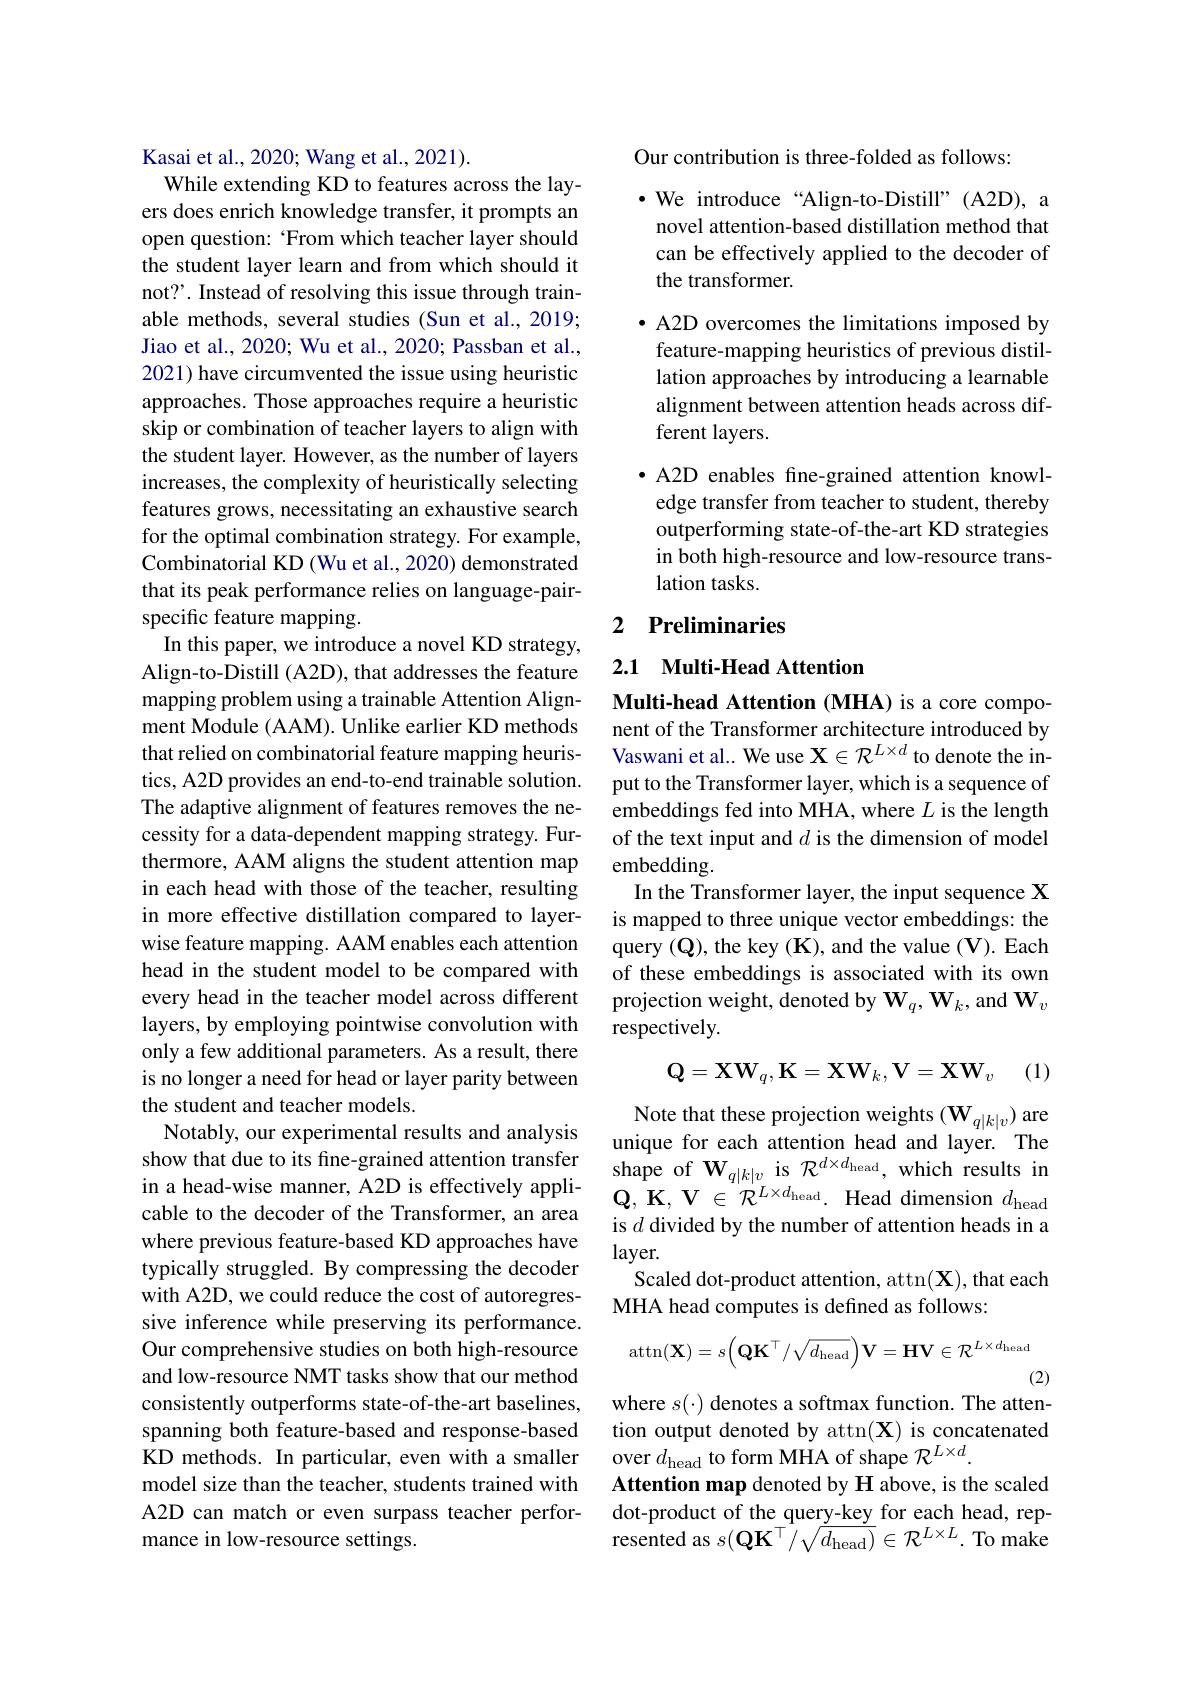
Kasai et al., 2020; Wang et al., 2021).
While extending KD to features across the layers does enrich knowledge transfer, it prompts an open question: ‘From which teacher layer should the student layer learn and from which should it not?'. Instead of resolving this issue through trainable methods, several studies (Sun et al., 2019; Jiao et al., 2020; Wu et al., 2020; Passban et al., 2021) have circumvented the issue using heuristic approaches. Those approaches require a heuristic skip or combination of teacher layers to align with the student layer. However, as the number of layers increases, the complexity of heuristically selecting features grows, necessitating an exhaustive search for the optimal combination strategy. For example, Combinatorial KD (Wu et al., 2020) demonstrated that its peak performance relies on language-pairspecific feature mapping
In this paper, we introduce a novel KD strategy, Align-to-Distill (A2D), that addresses the feature mapping problem using a trainable Attention Alignment Module (AAM). Unlike earlier KD methods that relied on combinatorial feature mapping heuristics, A2D provides an end-to-end trainable solution. The adaptive alignment of features removes the necessity for a data-dependent mapping strategy. Furthermore, AAM aligns the student attention map in each head with those of the teacher, resulting in more effective distillation compared to layerwise feature mapping. AAM enables each attention head in the student model to be compared with every head in the teacher model across different layers, by employing pointwise convolution with only a few additional parameters. As a result, there is no longer a need for head or layer parity between the student and teacher models.
Notably, our experimental results and analysis
show that due to its fine-grained attention transfer shape of $\mathbf{W}_{q|k|v}$ is $\mathcal{R}^{d\times d_{\mathrm{head}},\text{ which results in}}$
in a head-wise manner, A2D is effectively applicable to the decoder of the Transformer, an area where previous feature-based KD approaches have typically struggled. By compressing the decoder with A2D, we could reduce the cost of autoregressive inference while preserving its performance. Our comprehensive studies on both high-resource and low-resource NMT tasks show that our method consistently outperforms state-of-the-art baselines, spanning both feature-based and response-based KD methods. In particular, even with a smaller over $d_\mathrm{head}$ to form MHA of shape $\mathcal{R}^L\times d.$
model size than the teacher, students trained with A2D can match or even surpass teacher performance in low-resource settings.

Our contribution is three-folded as follows:

$\bullet$ We introduce “Align-to-Distill”(A2D), a
novel attention-based distillation method that can be effectively applied to the decoder of the transformer.

$\bullet$ A2D overcomes the limitations imposed by feature-mapping heuristics of previous distillation approaches by introducing a learnable alignment between attention heads across different layers.

·A2D enables fine-grained attention knowl-
edge transfer from teacher to student, thereby outperforming state-of-the-art KD strategies in both high-resource and low-resource translation tasks.

## 2 Preliminaries

2.1 Multi-Head Attention

Multi-head Attention (MHA) is a core component of the Transformer architecture introduced by Vaswani et al.. We use $\mathbf{X}\in\mathcal{R}^{L\times d}$ to denote the input to the Transformer layer, which is a sequence of embeddings fed into MHA, where $L$ is the length of the text input and $d$ is the dimension of model embedding
In the Transformer layer, the input sequence X is mapped to three unique vector embeddings: the query (Q), the key (K), and the value (V). Each of these embeddings is associated with its own projection weight, denoted by $\mathbf{W}_q,\mathbf{W}_k$, and $\mathbf{W}_v$ respectively.
$$\mathbf{Q}=\mathbf{X}\mathbf{W}_q,\mathbf{K}=\mathbf{X}\mathbf{W}_k,\mathbf{V}=\mathbf{X}\mathbf{W}_v$$
(1)

Note that these projection weights $(\mathbf{W}_{q|k|v})$ are unique for each attention head and layer. The $\mathbf{Q} , \mathbf{K} , \mathbf{V} \in \mathcal{R} ^{{L\times d_{\mathrm{head}}}. \:\text{Head dimension }d_{\mathrm{head}}}$ is $d$ divided by the number of attention heads in a layer.
Scaled dot-product attention, attn(X), that each
MHA head computes is defined as follows:
$$\operatorname{attn}(\mathbf{X})=s\Big(\mathbf{Q}\mathbf{K}^{\top}/\sqrt{d_{\mathrm{head}}}\Big)\mathbf{V}=\mathbf{H}\mathbf{V}\in\mathcal{R}^{L\times d_{\mathrm{head}}}$$
(2)
where $s(\cdot)$ denotes a softmax function. The atten-

tion output denoted by attn(X) is concatenated Attention map denoted by H above, is the scaled dot-product of the query-key for each head, represented as $s( \mathbf{Q} \mathbf{K} ^{\top }/ \sqrt {d_{\mathrm{head}}) }\in \mathcal{R} ^{L\times L}.$ To make